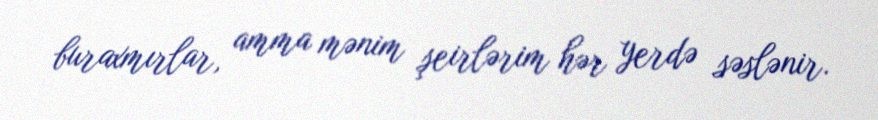
buraxmırlar, amma mənim şeirlərim hər yerdə səslənir.